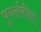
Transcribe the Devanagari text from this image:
पुनर्समीक्षा